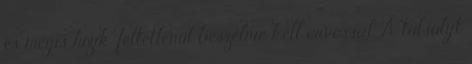
és mégis hízik, feltétlenül beszélnie kell orvossal. A túlsúlyt